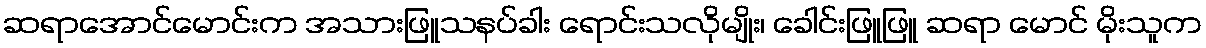
ဆရာအောင်မောင်းက အသားဖြူသနပ်ခါး ရောင်းသလိုမျိုး၊ ခေါင်းဖြူဖြူ ဆရာ မောင် မိုးသူက